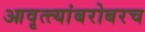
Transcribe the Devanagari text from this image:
आवृत्त्यांबरोबरच